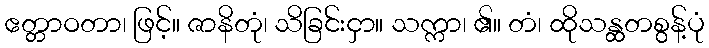
ဧတ္တာဝတာ၊ ဖြင့်။ ဇာနိတုံ၊ သိခြင်းငှာ။ သက္ကာ၊ ၏။ တံ၊ ထိုသန္ထတစွန့်ပုံ